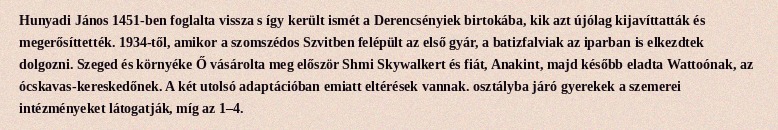
Hunyadi János 1451-ben foglalta vissza s így került ismét a Derencsényiek birtokába, kik azt újólag kijavíttatták és megerősíttették. 1934-től, amikor a szomszédos Szvitben felépült az első gyár, a batizfalviak az iparban is elkezdtek dolgozni. Szeged és környéke Ő vásárolta meg először Shmi Skywalkert és fiát, Anakint, majd később eladta Wattoónak, az ócskavas-kereskedőnek. A két utolsó adaptációban emiatt eltérések vannak. osztályba járó gyerekek a szemerei intézményeket látogatják, míg az 1–4.